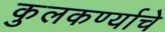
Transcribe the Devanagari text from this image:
कुलकर्ण्याचे